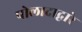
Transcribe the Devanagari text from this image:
पोलादाद्वारे